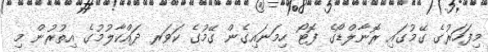
މިފަހަރުގެ ގޭމުގައި ރޮނާލްޑޯގެ ފޮޓޯ ހިމަނައިގެން ގޭމުގެ ކަވަރ ދައްކާލުމުގެ އިތުރުން މި